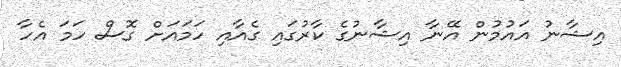
އިޝާނު އައުމުން އޭނާ އިޝާނުގެ ކާރުގައި ގެއާއި ހަަމައަށް ގޮސް ހަމަ އެހާ